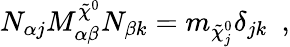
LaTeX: N_{\alpha j}M_{\alpha\beta}^{\tilde{\chi}^{0}}N_{\beta k}=m_{\tilde{\chi}_{j}^{0}}\delta_{jk}\enspace,